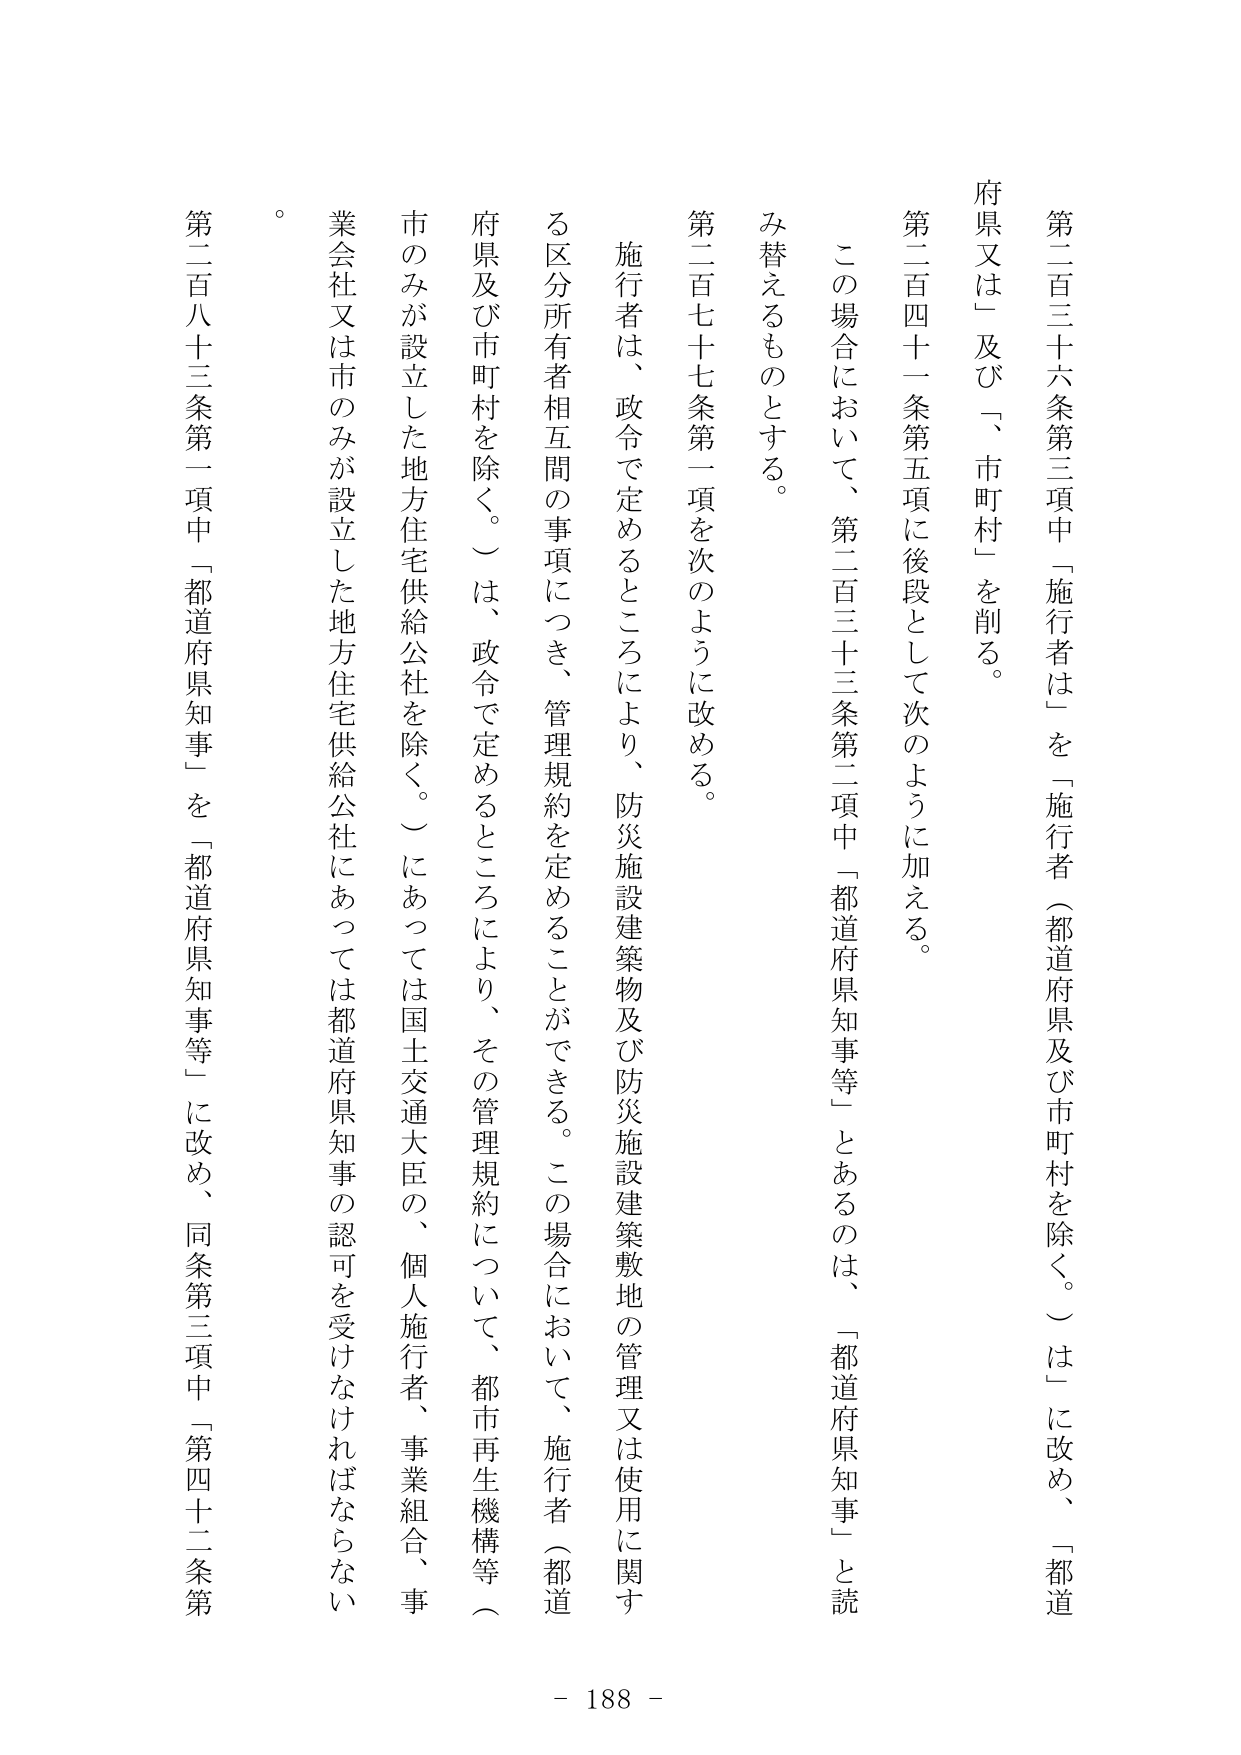
第二百三十六条第三項中「施行者は」を「施行者（都道府県及び市町村を除く。）は」に改め、「都道府県又は」及び「、市町村」を削る。

第二百四十一条第五項に後段として次のように加える。

この場合において、第二百三十三条第二項中「都道府県知事等」とあるのは、「都道府県知事」と読み替えるものとする。

第二百七十七条第一項を次のように改める。

施行者は、政令で定めるところにより、防災施設建築物及び防災施設建築敷地の管理又は使用に関する区分所有者相互間の事項につき、管理規約を定めることができる。この場合において、施行者（都道府県及び市町村を除く。）は、政令で定めるところにより、その管理規約について、都市再生機構等（市のみが設立した地方住宅供給公社を除く。）にあっては国土交通大臣の、個人施行者、事業組合、事業会社又は市のみが設立した地方住宅供給公社にあっては都道府県知事の認可を受けなければならない。

第二百八十三条第一項中「都道府県知事」を「都道府県知事等」に改め、同条第三項中「第四十二条第

- 188 -